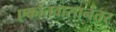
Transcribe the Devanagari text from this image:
एकांतवासानंतर